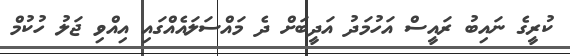
ކުރީގެ ނައިބު ރައީސް އަހުމަދު އަދީބަށް ދެ މައްސަލައެއްގައި އިއްވި ޖަލު ހުކުމް